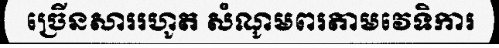
ច្រើនសាររហូត សំណូមពរតាមវេទិការ